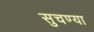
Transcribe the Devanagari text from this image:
सुचण्या